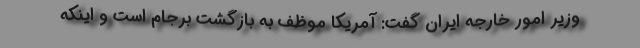
وزیر امور خارجه ایران گفت: آمریکا موظف به بازگشت برجام است و اینکه